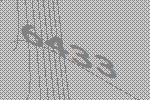
6433